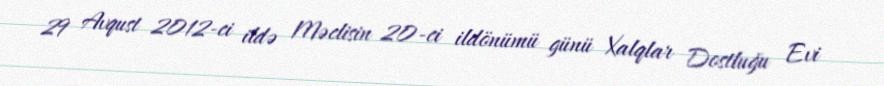
29 Avqust 2012-ci ildə Məclisin 20-ci ildönümü günü Xalqlar Dostluğu Evi